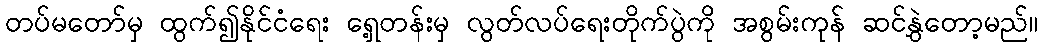
တပ်မတော်မှ ထွက်၍နိုင်ငံရေး ရှေ့တန်းမှ လွတ်လပ်ရေးတိုက်ပွဲကို အစွမ်းကုန် ဆင်နွှဲတော့မည်။